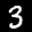
Label: 3